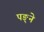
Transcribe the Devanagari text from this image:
पङ्ने